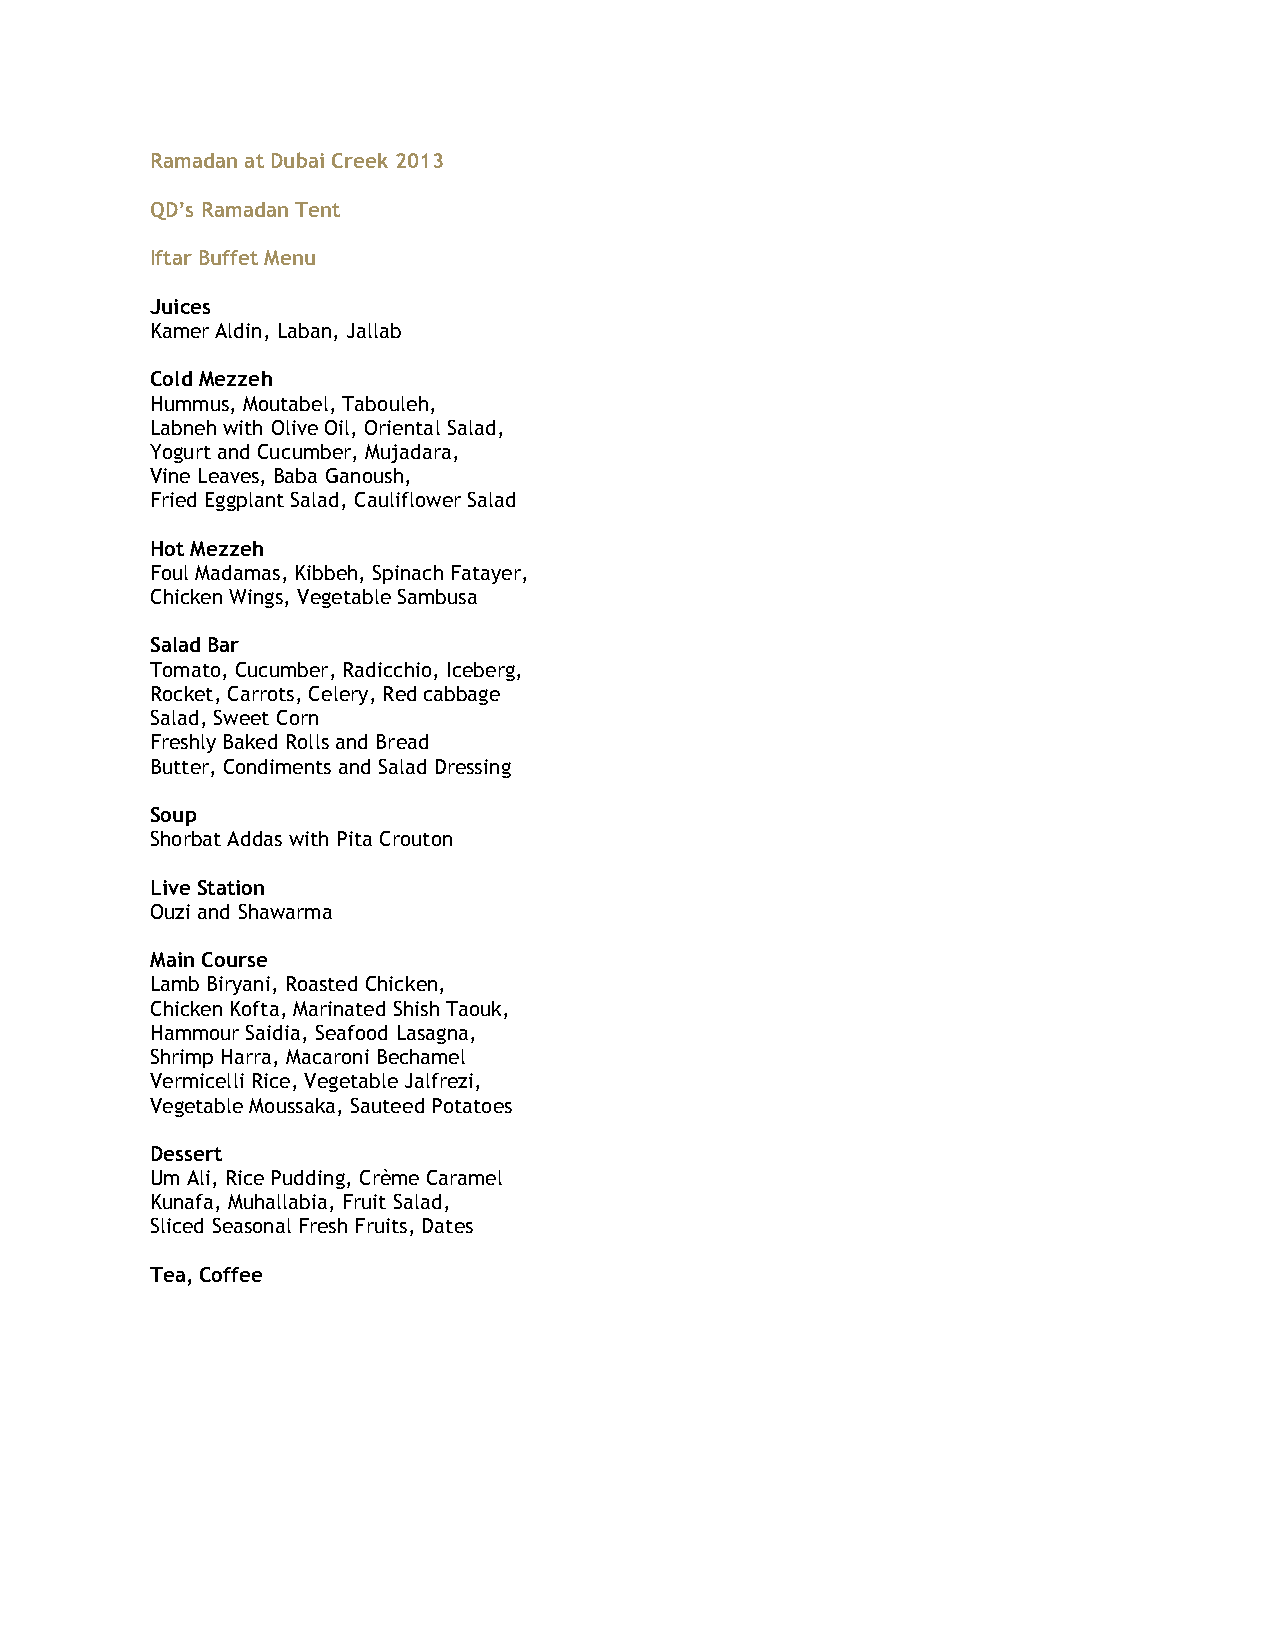
Ramadan at Dubai Creek 2013
 QD’s Ramadan Tent
 Iftar Buffet Menu
 Juices
 Kamer Aldin, Laban, Jallab
 Cold Mezzeh
 Hummus, Moutabel, Tabouleh,
 Labneh with Olive Oil, Oriental Salad,
 Yogurt and Cucumber, Mujadara,
 Vine Leaves, Baba Ganoush,
 Fried Eggplant Salad, Cauliflower Salad
 Hot Mezzeh
 Foul Madamas, Kibbeh, Spinach Fatayer,
 Chicken Wings, Vegetable Sambusa
 Salad Bar
 Tomato, Cucumber, Radicchio, Iceberg,
 Rocket, Carrots, Celery, Red cabbage
 Salad, Sweet Corn
 Freshly Baked Rolls and Bread
 Butter, Condiments and Salad Dressing
 Soup
 Shorbat Addas with Pita Crouton
 Live Station
 Ouzi and Shawarma
 Main Course
 Lamb Biryani, Roasted Chicken,
 Chicken Kofta, Marinated Shish Taouk,
 Hammour Saidia, Seafood Lasagna,
 Shrimp Harra, Macaroni Bechamel
 Vermicelli Rice, Vegetable Jalfrezi,
 Vegetable Moussaka, Sauteed Potatoes
 Dessert
 Um Ali, Rice Pudding, Crème Caramel
 Kunafa, Muhallabia, Fruit Salad,
 Sliced Seasonal Fresh Fruits, Dates
 Tea, Coffee